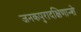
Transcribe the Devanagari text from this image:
जनकपुरादक्षिणान्शे